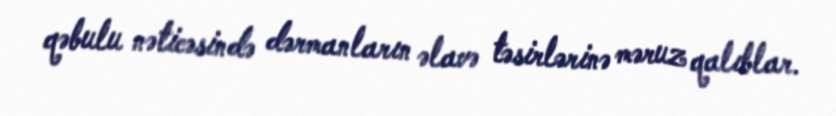
qəbulu nəticəsində dərmanların əlavə təsirlərinə məruz qalıblar.